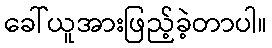
ခေါ်ယူအားဖြည့်ခဲ့တာပါ။